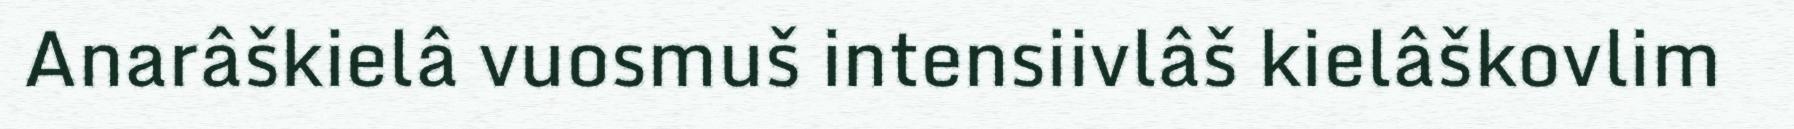
Anarâškielâ vuosmuš intensiivlâš kielâškovlim